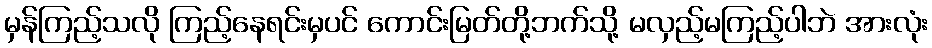
မှန်ကြည့်သလို ကြည့်နေရင်းမှပင် ကောင်းမြတ်တို့ဘက်သို့ မလှည့်မကြည့်ပါဘဲ အားလုံး